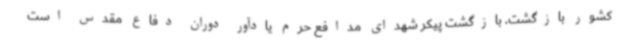
کشور بازگشت. بازگشت پیکر شهدای مدافع حرم یادآور دوران دفاع مقدس است